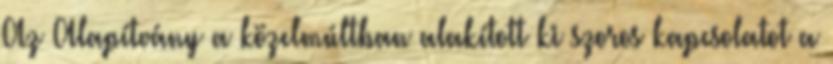
Az Alapítvány a közelmúltban alakított ki szoros kapcsolatot a